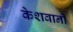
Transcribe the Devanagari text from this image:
केशवानी